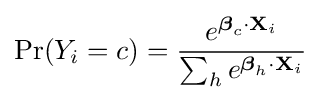
\Pr(Y_{i}=c)={\frac {e^{{\boldsymbol {\beta }}_{c}\cdot \mathbf {X} _{i}}}{\sum _{h}e^{{\boldsymbol {\beta }}_{h}\cdot \mathbf {X} _{i}}}}